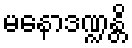
မနောဒဏ္ဍန္တိ